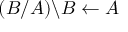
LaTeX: ( B / A ) \backslash B \leftarrow A